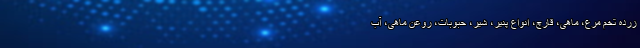
زرده تخم مرغ، ماهی، قارچ، انواع پنیر، شیر، حبوبات، روغن ماهی، آب